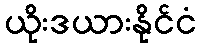
ယိုးဒယားနိုင်ငံ